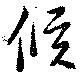
候